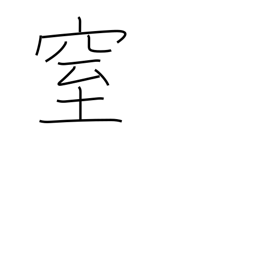
Meaning: plug up